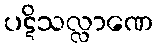
ပဋိသလ္လာဏေ